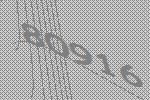
80916